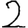
Digit: 2